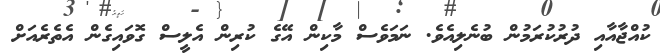
ކުއްޖާއާއި ދުރުކުރަމުން ބުނެލިއެވެ. ނަމަވެސް މާކިން އޭގެ ކުރިން އެލީސް ގޮވައިގެން އެތެރެއަށް